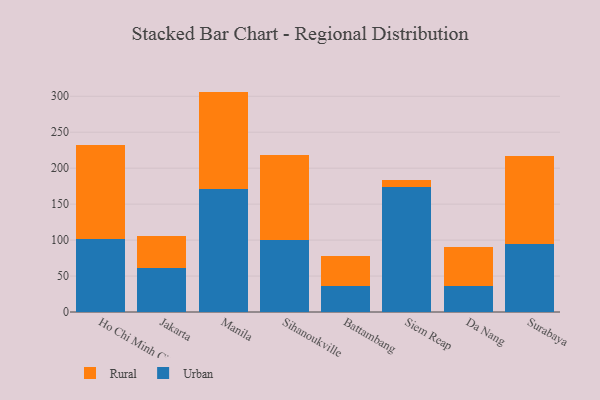
{"axis": {"x": "City", "y": "Churn Rate (%)"}, "legend": ["Rural", "Urban"], "data": [{"x": "Ho Chi Minh City", "y": 100.9, "type": "Urban"}, {"x": "Ho Chi Minh City", "y": 131.8, "type": "Rural"}, {"x": "Jakarta", "y": 61.4, "type": "Urban"}, {"x": "Jakarta", "y": 44.4, "type": "Rural"}, {"x": "Manila", "y": 170.6, "type": "Urban"}, {"x": "Manila", "y": 135.9, "type": "Rural"}, {"x": "Sihanoukville", "y": 100.7, "type": "Urban"}, {"x": "Sihanoukville", "y": 118.0, "type": "Rural"}, {"x": "Battambang", "y": 36.8, "type": "Urban"}, {"x": "Battambang", "y": 41.0, "type": "Rural"}, {"x": "Siem Reap", "y": 173.6, "type": "Urban"}, {"x": "Siem Reap", "y": 10.0, "type": "Rural"}, {"x": "Da Nang", "y": 36.6, "type": "Urban"}, {"x": "Da Nang", "y": 53.6, "type": "Rural"}, {"x": "Surabaya", "y": 94.9, "type": "Urban"}, {"x": "Surabaya", "y": 121.8, "type": "Rural"}]}